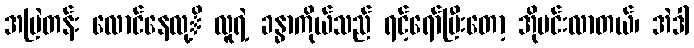
အမြဲတန်း လောင်နေလု့ိ လူရဲ့ ခန္ဓာကိုယ်သည် ရင့်ရော်ပြီးတော့ အိုမင်းလာတယ်၊ အဲဒါ